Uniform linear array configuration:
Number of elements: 64
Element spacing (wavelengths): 0.75
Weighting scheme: hamming
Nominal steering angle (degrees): -45
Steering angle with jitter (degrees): -45.49
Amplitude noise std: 0.05
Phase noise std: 0.05

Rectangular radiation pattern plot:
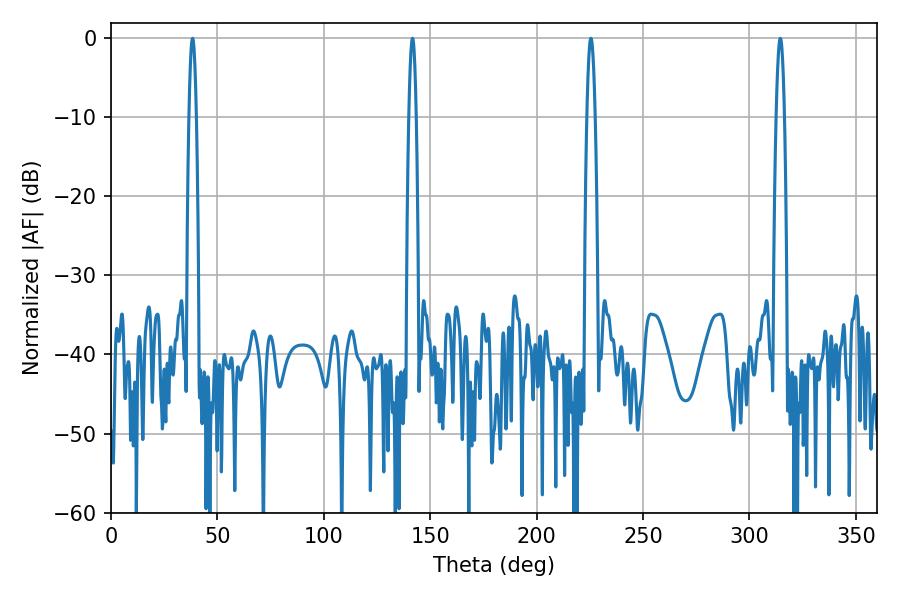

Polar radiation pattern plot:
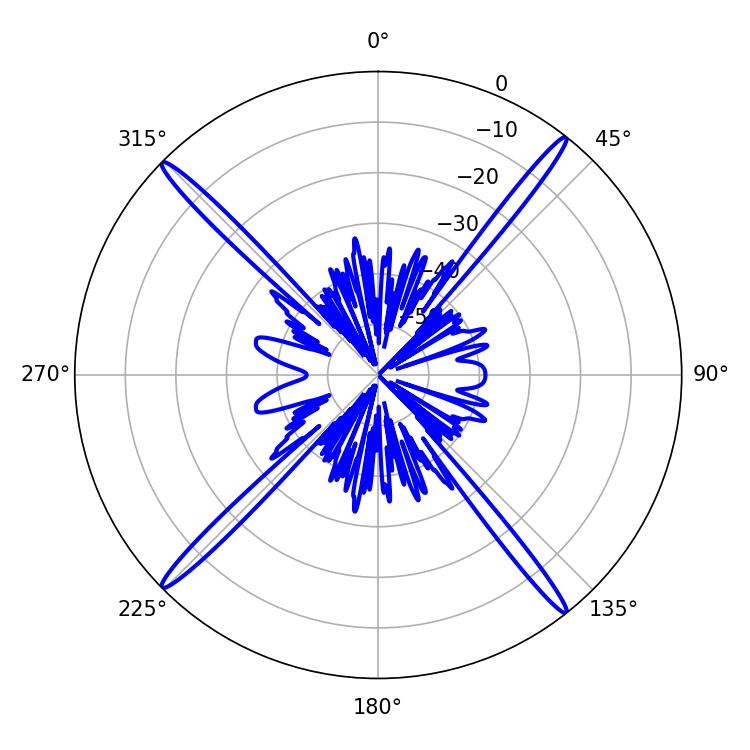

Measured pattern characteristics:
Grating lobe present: TRUE
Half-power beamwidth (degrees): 1.8
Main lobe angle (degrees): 141.66